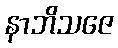
နာဘိသဇေ